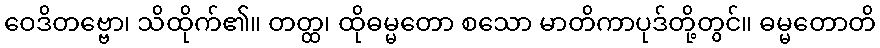
ဝေဒိတဗ္ဗော၊ သိထိုက်၏။ တတ္ထ၊ ထိုဓမ္မတော စသော မာတိကာပုဒ်တို့တွင်။ ဓမ္မတောတိ